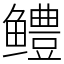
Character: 鳢